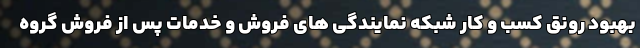
بهبود رونق کسب و کار شبکه نمایندگی های فروش و خدمات پس از فروش گروه